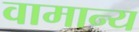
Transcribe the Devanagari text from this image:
वामान्य